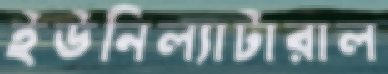
ইউনিল্যাটারাল